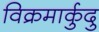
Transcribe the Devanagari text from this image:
विक्रमार्कुदु